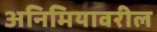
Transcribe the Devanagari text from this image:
अनिमियावरील